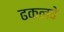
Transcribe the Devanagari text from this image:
ढकलवे